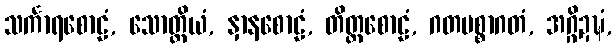
သင်္ကာရစောဠံ, သောတ္ထိယံ, နှာနစောဠံ, တိတ္ထစောဠံ, ဂတပစ္စာဂတံ, အဂ္ဂိဍဍ္ဎံ,